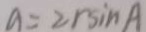
a = 2 r \sin A